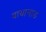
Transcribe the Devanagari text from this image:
वायानाड